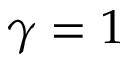
\gamma = 1